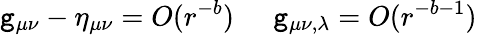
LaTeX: \mathtt{g}_{\mu\nu}-\eta_{\mu\nu}=O(r^{-b})\; \; \; \; \; \mathtt{g}_{\mu\nu,\lambda}=O(r^{-b-1})